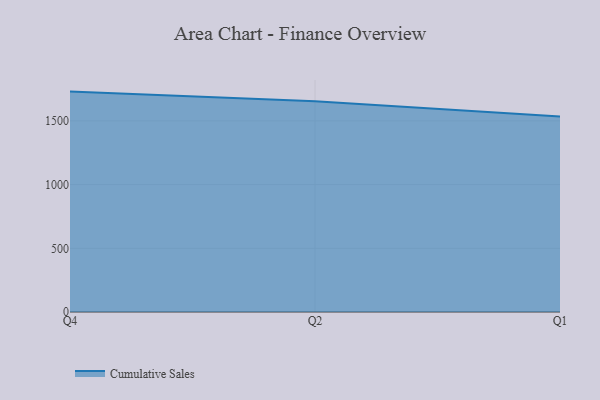
{"axis": {"x": "Quarter", "y": "Active Users"}, "legend": ["Cumulative Sales"], "data": [{"x": "Q4", "y": 1730.0, "type": "Cumulative Sales"}, {"x": "Q2", "y": 1654.8, "type": "Cumulative Sales"}, {"x": "Q1", "y": 1534.6, "type": "Cumulative Sales"}]}